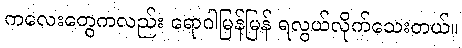
ကလေးတွေကလည်း ရောဂါမြန်မြန် ရလွယ်လိုက်သေးတယ်။